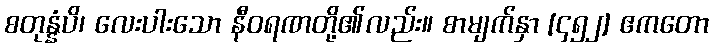
စတုန္နံပိ၊ လေးပါးသော နီဝရဏတို့၏လည်း။ စာမျက်နှာ [၄၅၂] ဧကတော